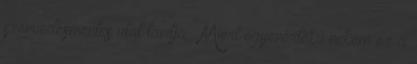
szenvedésmentes utat tanítja . Miért egyenértékű nekem ez a